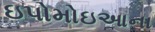
ઇપોમોઇઆના